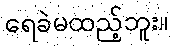
ရေခဲမထည့်ဘူး။